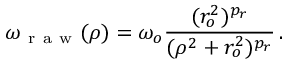
\omega _ { \mathrm { ~ r ~ a ~ w ~ } } ( \rho ) = \omega _ { o } \frac { ( r _ { o } ^ { 2 } ) ^ { p _ { r } } } { ( \rho ^ { 2 } + r _ { o } ^ { 2 } ) ^ { p _ { r } } } \, .